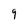
Character: 9